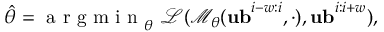
\begin{array} { r } { \hat { \theta } = \mathrm { ~ a ~ r ~ g ~ m ~ i ~ n ~ } _ { { \theta } } \ \mathcal { L } ( \mathcal { M } _ { \theta } ( \mathbf { u b } ^ { i - w : i } , \cdot ) , \mathbf { u b } ^ { i : i + w } ) , } \end{array}